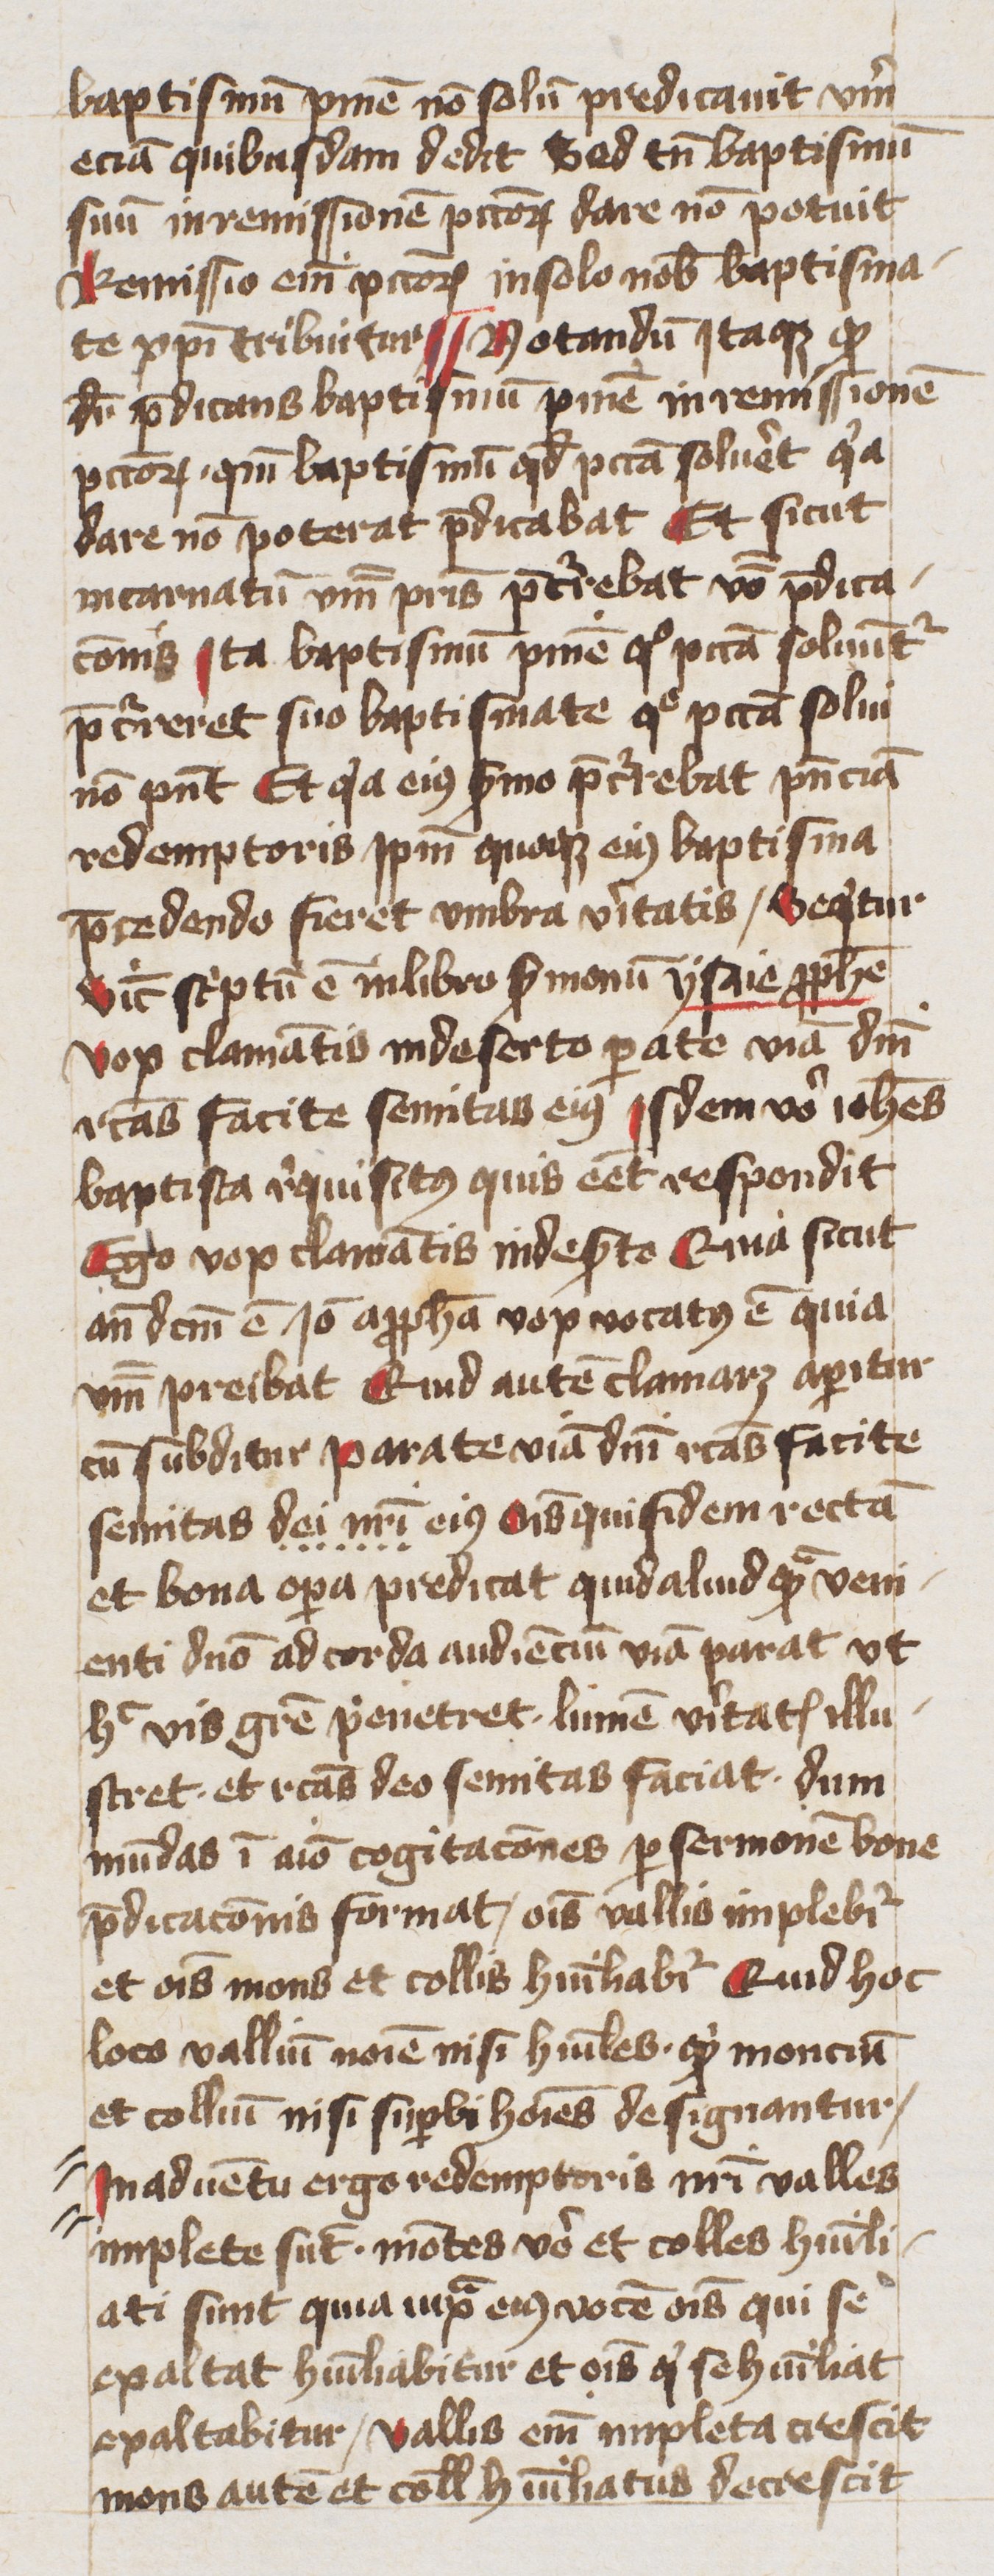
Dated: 1400–1449